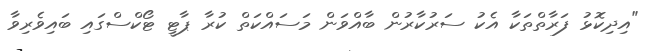
"އިދިކޮޅު ފަރާތްތަކާ އެކު ސަރުކާރުން ބާއްވަން މަސައްކަތް ކުރާ ޕާޓީ ޓޯކްސްގައި ބައިވެރިވާ